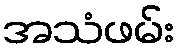
အသံဖမ်း